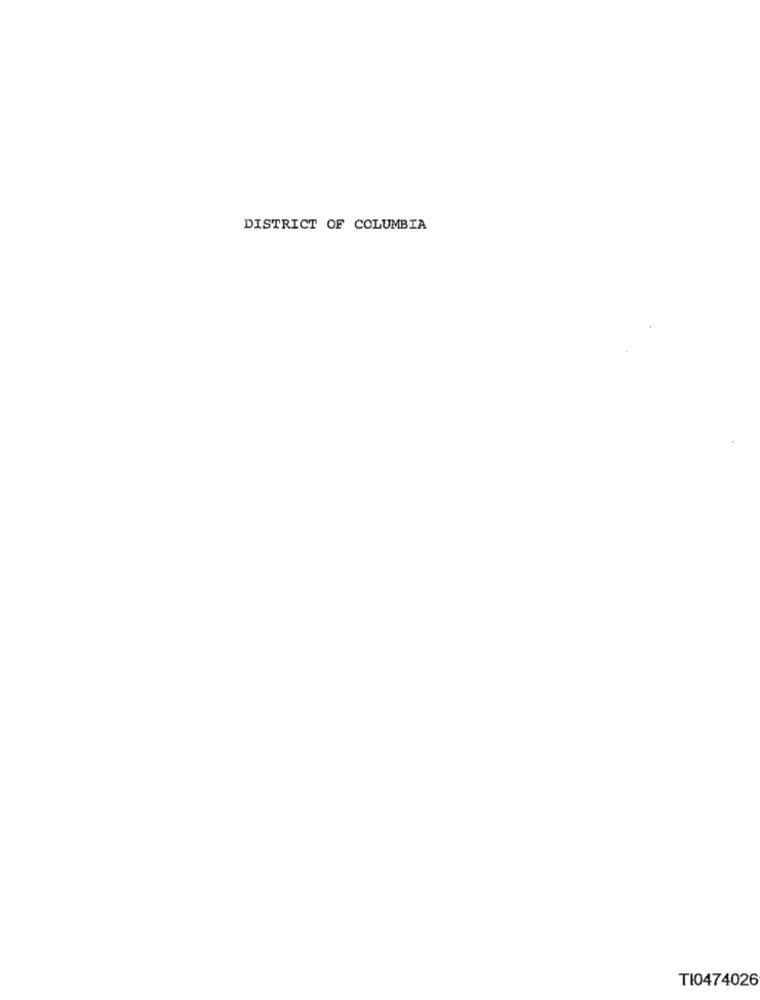
DISTRICT OF COLUMBIA
TI0474026